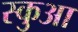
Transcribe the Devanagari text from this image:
स्कुआ